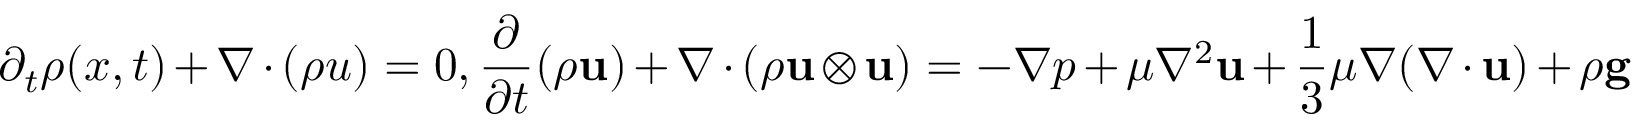
\partial _ { t } \rho ( x , t ) + \nabla \cdot ( \rho u ) = 0 , \frac { \partial } { \partial t } ( \rho \mathbf { u } ) + \nabla \cdot ( \rho \mathbf { u } \otimes \mathbf { u } ) = - \nabla p + \mu \nabla ^ { 2 } \mathbf { u } + \frac { 1 } { 3 } \mu \nabla ( \nabla \cdot \mathbf { u } ) + \rho \mathbf { g }